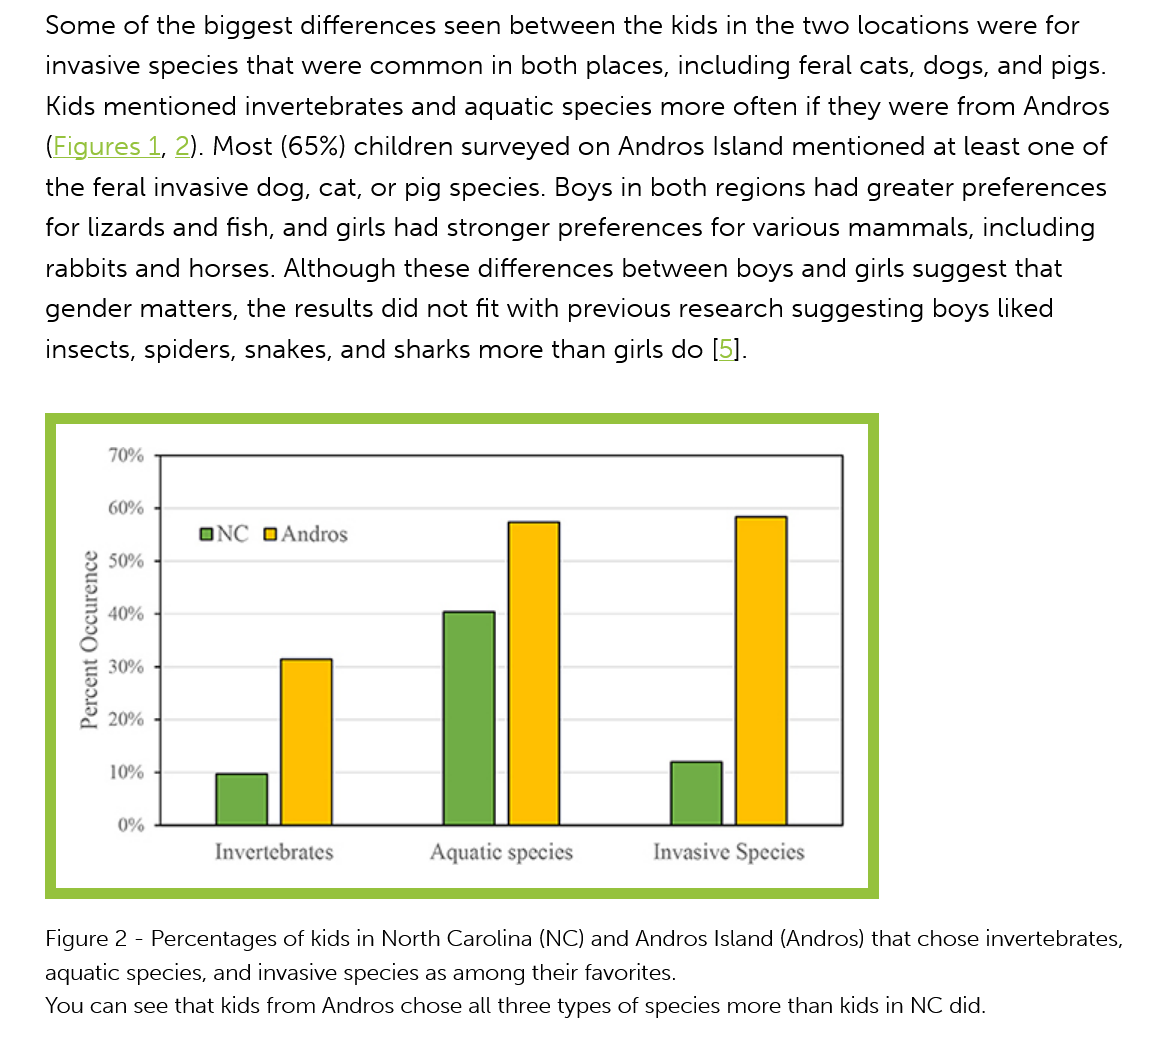
Some of   the biggest differences seen  between  the kids in the two locations were  for
    invasive species that were  common  in   both places, including feral cats, dogs, and pigs.
     Kids mentioned  invertebrates and  aquatic species  more  often if they were from Andros
    (Figures
     1,
     2). Most (65%)  children surveyed on  Andros Island  mentioned at  least one of
    the feral invasive dog, cat, or pig species. Boys in both regions had greater preferences
    for lizards and fish, and girls had stronger preferences for various mammals,   including
    rabbits and  horses. Although  these differences between   boys and  girls suggest that
    gender  matters, the  results did not fit with previous research suggesting boys liked
    insects, spiders, snakes, and sharks more  than girls do [5].
     70% -
     50%
     40%
     30%
     20%
     10%
     0%
     DOUDINIIC)
     IMI
     Invertebrates    Aquatic species    Invasive Species
    Figure 2
     -
     Percentages of kids in North Carolina (NC) and Andros Island (Andros) that chose invertebrates,
    aquatic species, and invasive species as among their favorites.
    You can see that kids from Andros chose all three types of species more than kids in NC did.